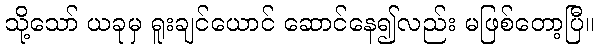
သို့သော် ယခုမှ ရူးချင်ယောင် ဆောင်နေ၍လည်း မဖြစ်တော့ပြီ။